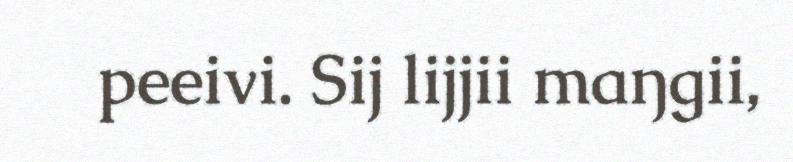
peeivi. Sij lijjii maŋgii,